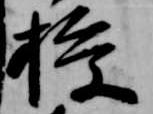
授